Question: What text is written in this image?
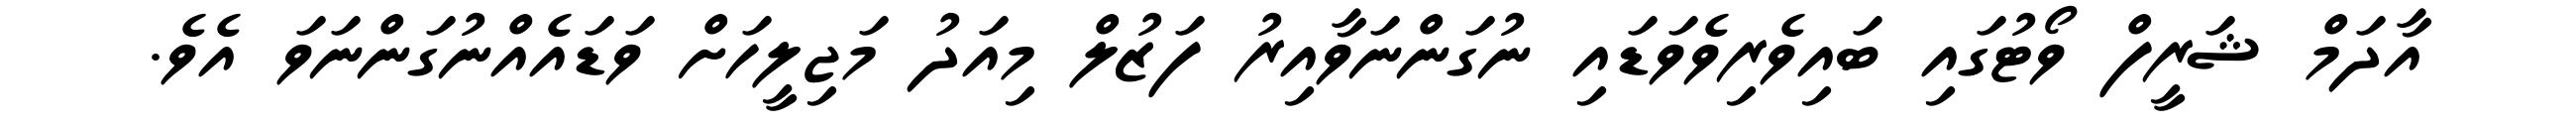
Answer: އާދަމް ޝަރީފް ވޯޓުގައި ބައިވެރިވެވަޑައި ނުގަންނަވާއިރު ފަޒުލް މިއަދު މަޖިލީހަށް ވަޑައެއްނުގަންނަވަ އެވެ.